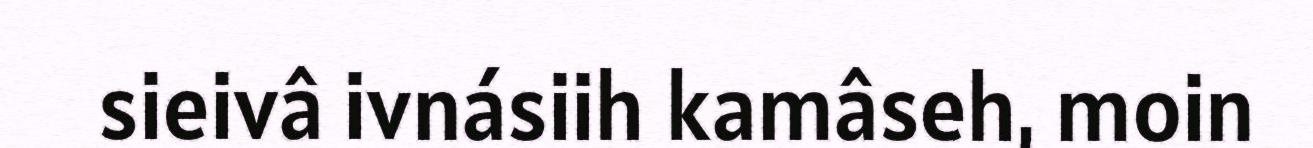
sieivâ ivnásiih kamâseh, moin